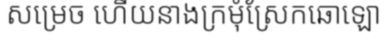
សម្រេច ហើយនាងក្រមុំស្រែកឆោឡោ